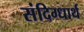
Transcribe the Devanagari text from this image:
संदिग्धार्थ